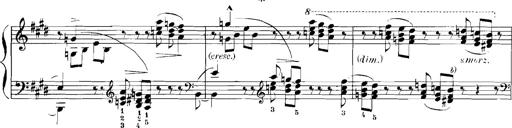
Title: Rhapsodies hongroises
Composer: Franz Liszt